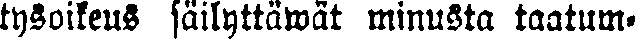
tysoikeus säilyttäwät minusta taatum-